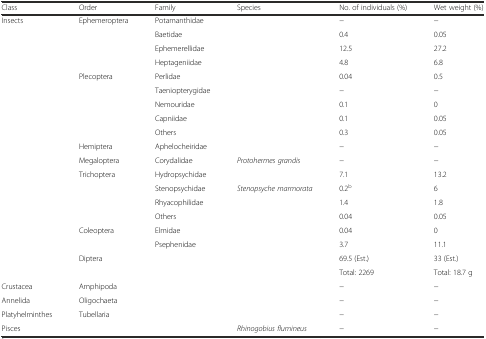
| Class | Order | Family | Species | No. of individuals (%) | Wet weight (%) |
 | --- | --- | --- | --- | --- | --- |
 | Insects | Ephemeroptera | Potamanthidae |  | − | − |
 |  |  | Baetidae |  | 0.4 | 0.05 |
 |  |  | Ephemerellidae |  | 12.5 | 27.2 |
 |  |  | Heptageniidae |  | 4.8 | 6.8 |
 |  | Plecoptera | Perlidae |  | 0.04 | 0.5 |
 |  |  | Taeniopterygidae |  | − | − |
 |  |  | Nemouridae |  | 0.1 | 0 |
 |  |  | Capniidae |  | 0.1 | 0.05 |
 |  |  | Others |  | 0.3 | 0.05 |
 |  | Hemiptera | Aphelocheiridae |  | − | − |
 |  | Megaloptera | Corydalidae | Protohermes grandis | − | − |
 |  | Trichoptera | Hydropsychidae |  | 7.1 | 13.2 |
 |  |  | Stenopsychidae | Stenopsyche marmorata | 0.2b | 6 |
 |  |  | Rhyacophilidae |  | 1.4 | 1.8 |
 |  |  | Others |  | 0.04 | 0.05 |
 |  | Coleoptera | Elmidae |  | 0.04 | 0 |
 |  |  | Psephenidae |  | 3.7 | 11.1 |
 |  | Diptera |  |  | 69.5 (Est.) | 33 (Est.) |
 |  |  |  |  | Total: 2269 | Total: 18.7 g |
 | Crustacea | Amphipoda |  |  | − | − |
 | Annelida | Oligochaeta |  |  | − | − |
 | Platyhelminthes | Tubellaria |  |  | − | − |
 | Pisces |  |  | Rhinogobius flumineus | − | − |